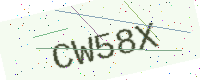
Text: CW58X